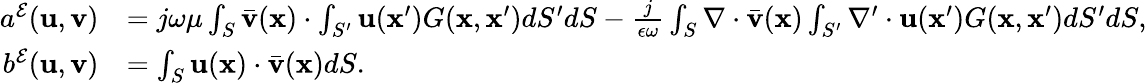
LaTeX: \begin{array}{rl}{a^{\mathcal{E}}(\mathbf{u},\mathbf{v})}&{=j\omega\mu\int_{S}\bar{\mathbf{v}}(\mathbf{x})\cdot\int_{S^{\prime}}\mathbf{u}(\mathbf{x}^{\prime})G(\mathbf{x},\mathbf{x}^{\prime})dS^{\prime}dS-\frac{j}{\epsilon\omega}\int_{S}\nabla\cdot\bar{\mathbf{v}}(\mathbf{x})\int_{S^{\prime}}\nabla^{\prime}\cdot\mathbf{u}(\mathbf{x}^{\prime})G(\mathbf{x},\mathbf{x}^{\prime})dS^{\prime}dS,}\\ {b^{\mathcal{E}}(\mathbf{u},\mathbf{v})}&{=\int_{S}\mathbf{u}(\mathbf{x})\cdot\bar{\mathbf{v}}(\mathbf{x})dS.}\end{array}